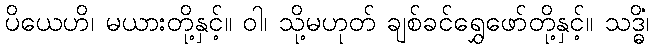
ပိယေဟိ၊ မယားတို့နှင့်။ ဝါ၊ သို့မဟုတ် ချစ်ခင်ရွှေဖော်တို့နှင့်။ သဒ္ဓိံ၊